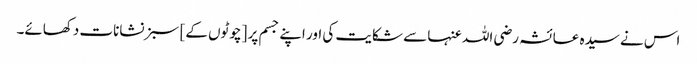
اس نے سیدہ عائشہ رضی اللہ عنہا سے شکایت کی اور اپنے جسم پر [چوٹوں کے] سبز نشانات دکھائے۔